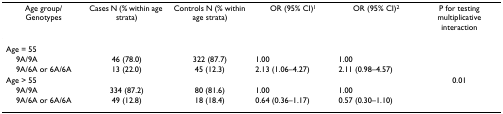
| Age group/ Genotypes | Cases N (% within age strata) | Controls N (% within age strata) | OR (95% CI)1 | OR (95% CI)2 | P for testing multiplicative interaction |
 | --- | --- | --- | --- | --- | --- |
 | Age = 55 |  |  |  |  |  |
 | 9A/9A | 46 (78.0) | 322 (87.7) | 1.00 | 1.00 |  |
 | 9A/6A or 6A/6A | 13 (22.0) | 45 (12.3) | 2.13 (1.06–4.27) | 2.11 (0.98–4.57) |  |
 | Age > 55 |  |  |  |  | 0.01 |
 | 9A/9A | 334 (87.2) | 80 (81.6) | 1.00 | 1.00 |  |
 | 9A/6A or 6A/6A | 49 (12.8) | 18 (18.4) | 0.64 (0.36–1.17) | 0.57 (0.30–1.10) |  |